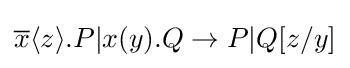
{\overline {x}}\langle z\rangle .P|x(y).Q\rightarrow P|Q[z/y]